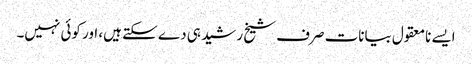
ایسے نامعقول بیانات صرف شیخ رشید ہی دے سکتے ہیں، اور کوئی نہیں۔